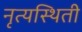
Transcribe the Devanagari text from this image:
नृत्यस्थिती